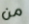
من